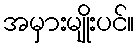
အမှားမျိုးပင်။